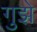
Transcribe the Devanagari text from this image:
गुझे